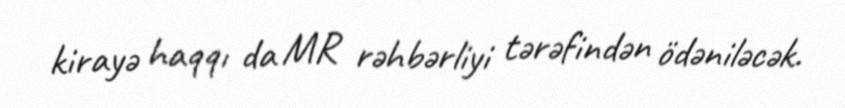
kirayə haqqı da MR rəhbərliyi tərəfindən ödəniləcək.